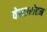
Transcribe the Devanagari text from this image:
वेन्वारोहम